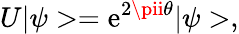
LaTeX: U|\psi>=\mathrm{e}^{2\pii\theta}|\psi>,